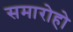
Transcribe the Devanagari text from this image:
समारोहो